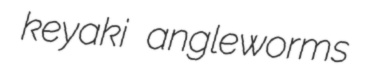
keyaki angleworms